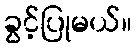
ခွင့်ပြုမယ်။